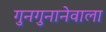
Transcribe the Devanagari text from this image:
गुनगुनानेवाला